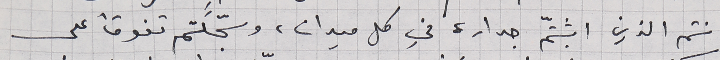
انتم الذين اثبتّم جداره في كل ميدان، وسجّلتم تفوقاً على